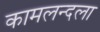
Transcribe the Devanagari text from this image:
कामलन्दला